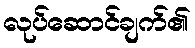
လုပ်ဆောင်ချက်၏